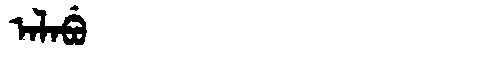
Manchu: ᠠᠯᠠᠪᡠ
Romanization: ALABU